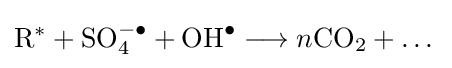
\mathrm {R} ^{*}+\mathrm {SO} _{4}^{-\bullet }+\mathrm {OH} ^{\bullet }\longrightarrow n\mathrm {CO} _{2}+\dots